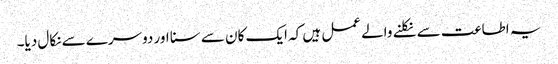
یہ اطاعت سے نکلنے والے عمل ہیں کہ ایک کان سے سنا اور دوسرے سے نکال دیا۔